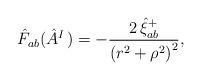
LaTeX: \begin{align*}\hat{F}_{ab}(\hat{A}_{}^{I\,})=-\frac{2\,\hat{\xi}_{ab}^{+}}{\left( r^2+\rho ^2\right) ^2},\end{align*}